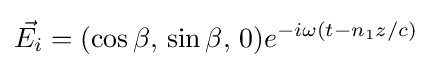
{\vec {E_{i}}}=(\cos \beta ,\,\sin \beta ,\,0)e^{-i\omega (t-n_{1}z/c)}